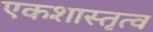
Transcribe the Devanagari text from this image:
एकशास्तृत्व